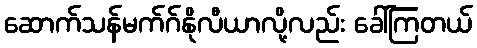
ဆောက်သန်မက်ဂ်နိုလီယာလို့လည်း ခေါ်ကြတယ်